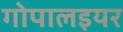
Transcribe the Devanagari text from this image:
गोपालइयर